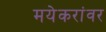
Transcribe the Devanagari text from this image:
मयेकरांवर